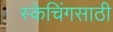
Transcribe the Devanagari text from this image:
स्केचिंगसाठी